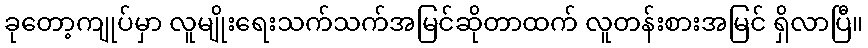
ခုတော့ကျုပ်မှာ လူမျိုးရေးသက်သက်အမြင်ဆိုတာထက် လူတန်းစားအမြင် ရှိလာပြီ။